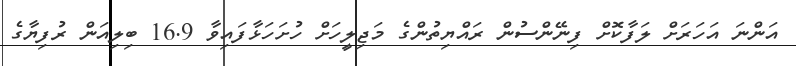
އަންނަ އަހަރަށް ލަފާކޮށް ފިނޭންސުން ރައްޔިތުންގެ މަޖިލީހަށް ހުށަހަޅާފައިވާ 16.9 ބިލިއަން ރުފިޔާގެ